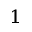
^ 1